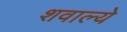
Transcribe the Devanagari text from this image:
शवाल्ये